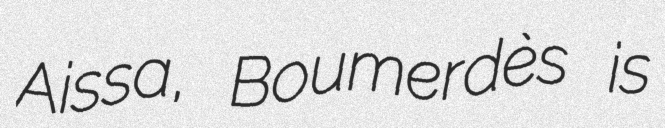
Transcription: Aissa, Boumerdès is